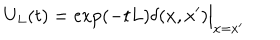
U _ { L } ( t ) = \exp ( - t L ) \delta ( x , x ^ { \prime } ) \Big \vert _ { x = x ^ { \prime } }